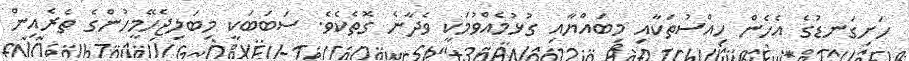
ހަށިގަނޑުގެ އެހެން ހިއްސުތަކާއި މިބައްޔާއި ގުޅުމެއްވުމަކީ ވެދާނެ ގޮތެކެވެ. ސަބަބަކީ މިބަލިޖެހޭމީހުންގެ ތެރެއިން